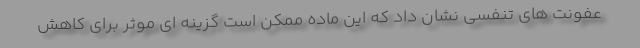
عفونت های تنفسی نشان داد که این ماده ممکن است گزینه ای موثر برای کاهش